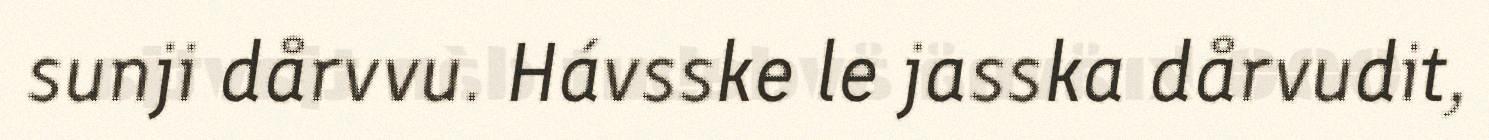
sunji dårvvu. Hávsske le jasska dårvudit,